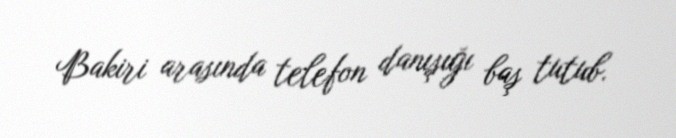
Bakiri arasında telefon danışığı baş tutub.